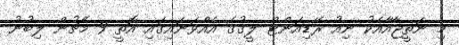
މި ނަތީޖާއާާއެކު ނިއު ރޭޑިއަންޓް ލީގުގެ އެއްވަނައިގައި އޮތީ 9 މެޗުން ލިބުނު